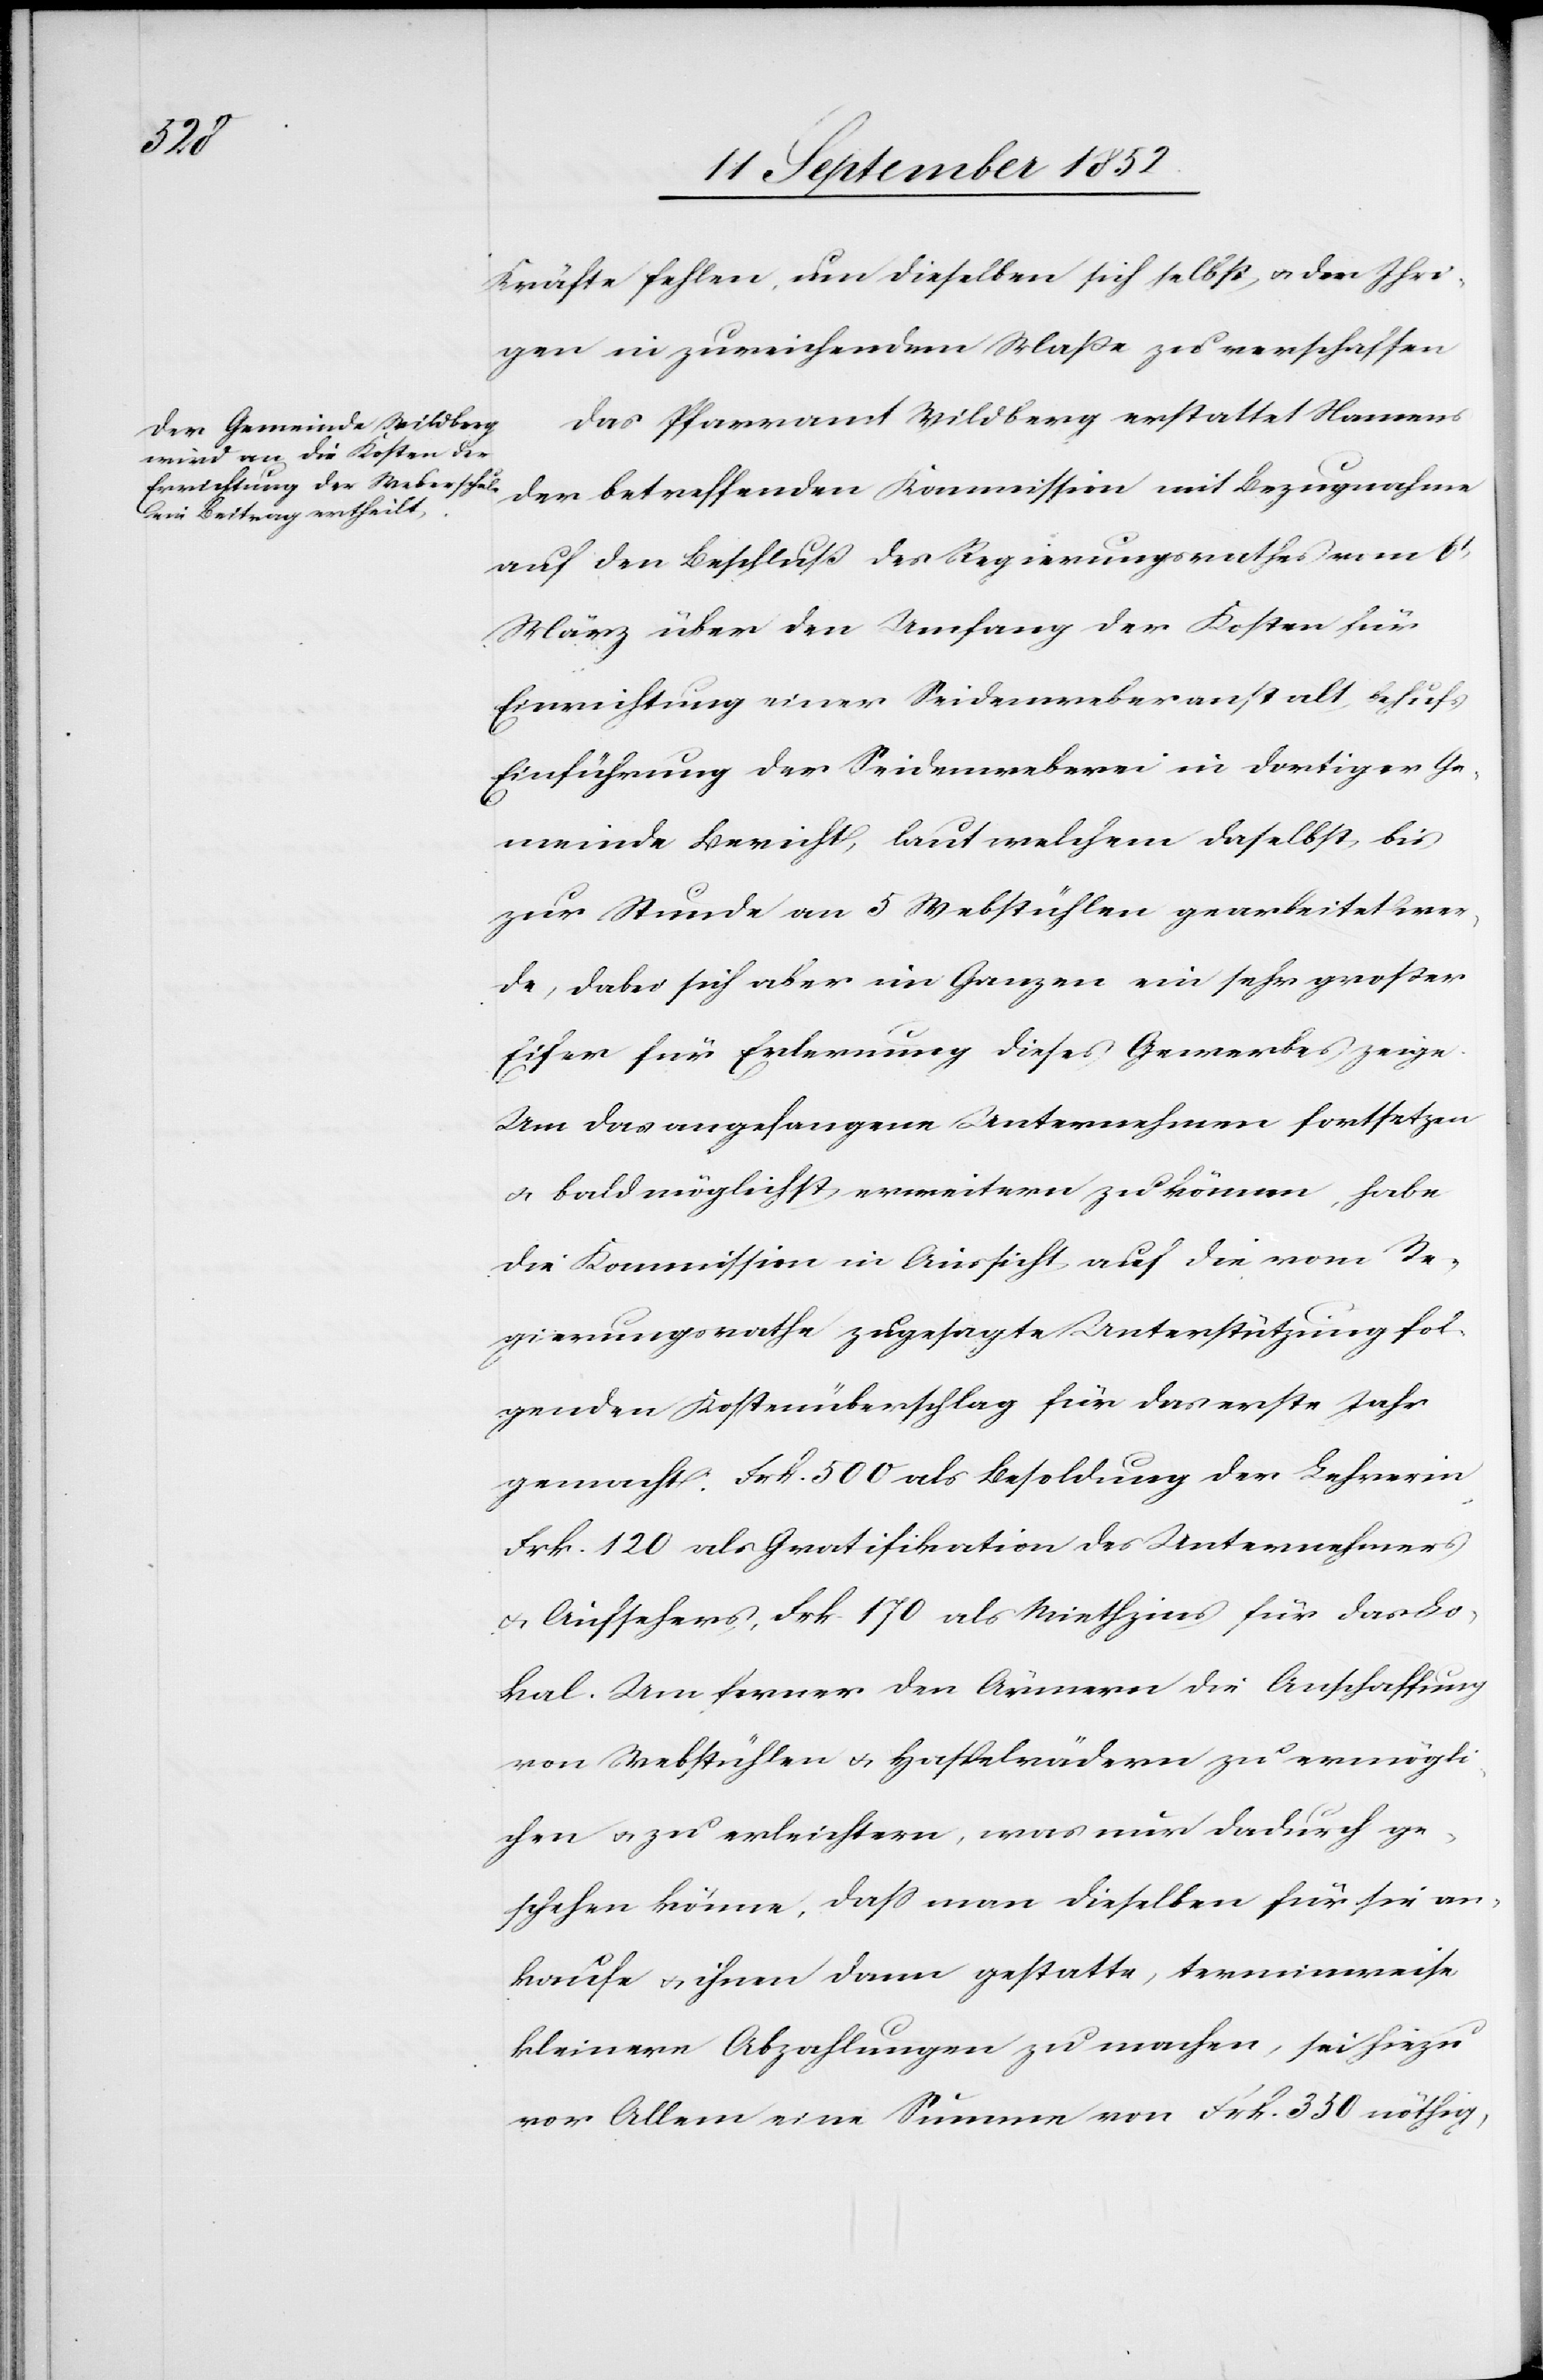
Kräfte fehlen, um dieselben sich selbst & den Ihri¬
gen in zureichendem Maße zu verschaffen[.]
Das Pfarramt Wildberg erstattet Namens
der betreffenden Kommission mit Bezugnahme
auf den Beschluß des Regierungsrathes vom 6t
März über den Umfang der Kosten für
Einrichtung einer Seidenweberanstalt behufs
Einführung der Seidenweberei in dortiger Ge¬
meinde Bericht, laut welchem daselbst bis
zur Stunde an 5 Webstühlen gearbeitet wer¬
de, dabei sich aber im Ganzen ein sehr großer
Eifer für Erlernung dieses Gewerbes zeige.
Um das angefangene Unternehmen fortsetzen
& baldmöglichst erweitern zu können, habe
die Kommission in Aussicht auf die vom Re¬
gierungsrathe zugesagte Unterstützung fol¬
genden Kostenüberschlag für das erste Jahr
gemacht: Frk. 500 als Besoldung der Lehrerin,
Frk. 120 als Gratifikation des Unternehmers
& Aufsehers, Frk. 170 als Miethzins für das Lo¬
kal. Um ferner den Ärmern die Anschaffung
von Webstühlen & Haspelrädern zu ermögli¬
chen & zu erleichtern, was nur dadurch ge¬
schehen könne, dass man dieselben für sie an¬
kaufe & ihnen dann gestatte, terminweise
kleinere Abzahlungen zu machen, sei hiezu
vor Allem eine Summe von Frk. 350 nöthig,